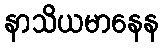
နာသိယမာနေန